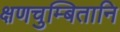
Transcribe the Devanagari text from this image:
क्षणचुम्बितानि